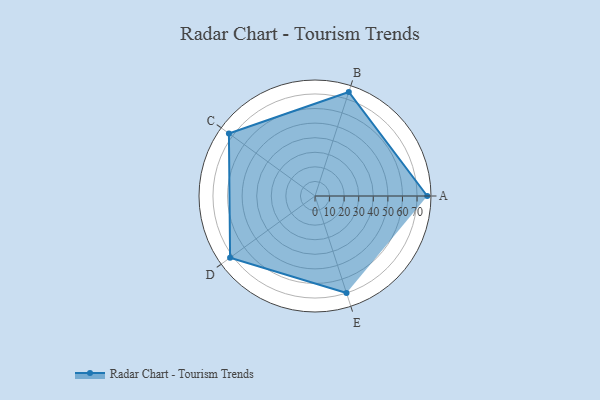
{"axis": {"x": "Skill", "y": "Score"}, "legend": ["Profile"], "data": [{"x": "A", "y": 77.0, "type": "Profile"}, {"x": "B", "y": 75.0, "type": "Profile"}, {"x": "C", "y": 73.0, "type": "Profile"}, {"x": "D", "y": 72.0, "type": "Profile"}, {"x": "E", "y": 70.0, "type": "Profile"}]}